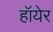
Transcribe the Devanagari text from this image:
हॉयेर